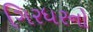
ગિરધરનો